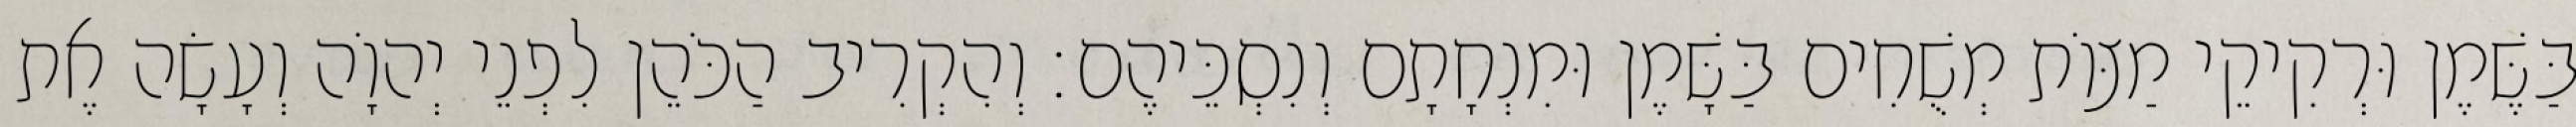
בַּשֶּׁמֶן וּרְקִיקֵי מַצּוֹת מְשֻׁחִים בַּשָּׁמֶן וּמִנְחָתָם וְנִסְכֵּיהֶם׃ וְהִקְרִיב הַכֹּהֵן לִפְנֵי יְהוָֹה וְעָשָׂה אֶת